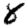
Digit: 8